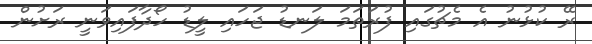
ރޭ ކުޅުނު އެ މެޗުގައި ފުރަތަމަ ލަނޑު ޖަހައި ލީޑު ހޯދާފައިވަނީ ރަށުން